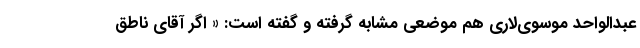
عبدالواحد موسوی‌لاری هم موضعی مشابه گرفته و گفته است: « اگر آقای ناطق